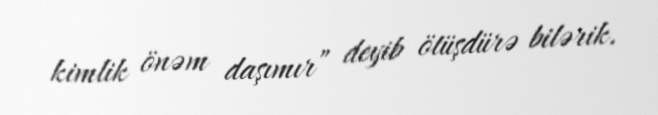
kimlik önəm daşımır” deyib ötüşdürə bilərik.